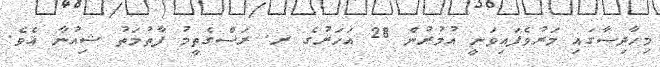
މިހާދިސާގައި މަރުވެފައިވަނީ އުމުރުން 28 އަހަރުގެ ރ. ރަސްގެތީމު ފާތުމަތު ޝިއުނާ އެވެ.